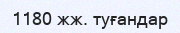
1180 жж. туғандар